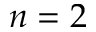
n = 2